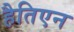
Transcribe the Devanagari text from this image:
हैतिएन